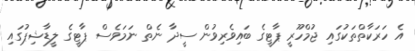
އެ ހަރަކާތްތަކުގައި ޖުމްހޫރީ ޕާޓީގެ ބައިވެރިވުން ސީދާ ނެތް ނަމަވެސް ޕާޓީގެ ލީޑާޝިޕުގައި